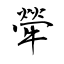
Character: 犖